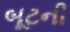
બૂટની